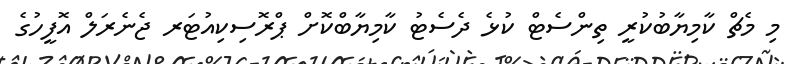
މި މެޗް ކާމިޔާބުކުރީ ތިންސެޓް ކުޅެ ދެސެޓު ކާމިޔާބްކޮށް ޕްރޮސިކިއުޓަރ ޖެނެރަލް އޮފީހުގެ